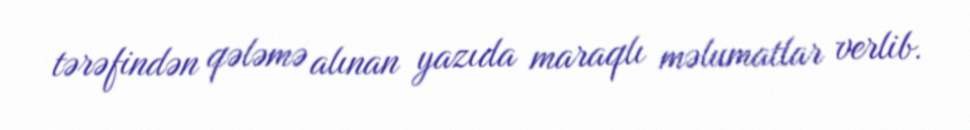
tərəfindən qələmə alınan yazıda maraqlı məlumatlar verlib.